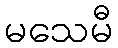
မသေမီ